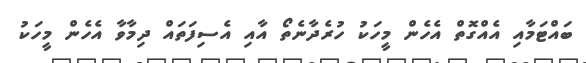
ބައްޓަމާއި އެއްގޮތް އެހެން މީހަކު ހުރެދާނެތޯ އާއި އެސިފަތައް ދިމާވާ އެހެން މީހަކު